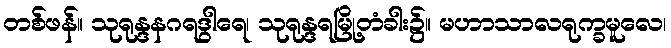
တစ်ဖန်။ သုရုန္ဒနဂရဒွါရေ၊ သုရုန္ဒရမြို့တံခါး၌။ မဟာသာလရုက္ခမူလေ၊